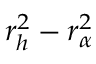
\ensuremath { r _ { h } } ^ { 2 } - \ensuremath { r _ { \alpha } } ^ { 2 }